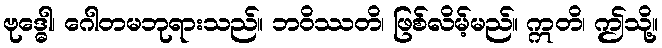
ဗုဒ္ဓေါ၊ ဂေါတမဘုရားသည်။ ဘဝိဿတိ၊ ဖြစ်လိမ့်မည်။ ဣတိ၊ ဤသို့။